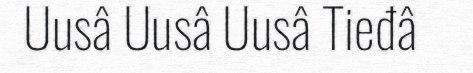
Uusâ Uusâ Uusâ Tieđâ